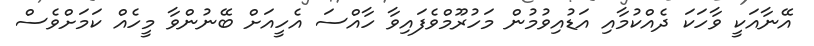
އޭނާއަކީ ވާހަކަ ދެއްކުމާއި އަޑުއިވުމުން މަހުރޫމްވެފައިވާ ހާއްސަ އެހީއަށް ބޭނުންވާ މީހެއް ކަމަށްވެސް